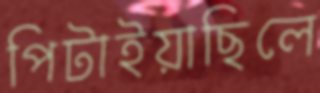
পিটাইয়াছিলে